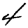
Digit: 4